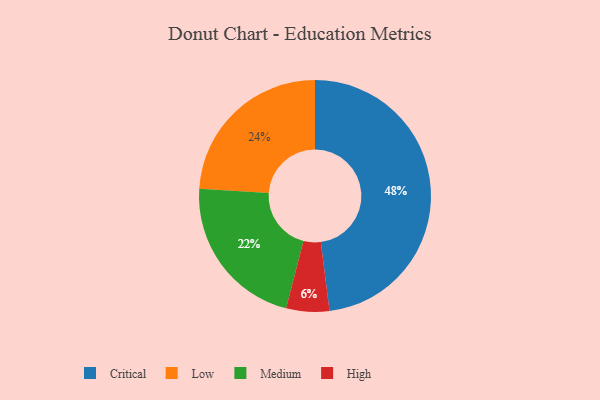
{"axis": {"x": "Category", "y": "Percentage"}, "legend": ["Critical", "High", "Low", "Medium"], "data": [{"x": "Critical", "y": 48, "type": "Critical"}, {"x": "Medium", "y": 22, "type": "Medium"}, {"x": "High", "y": 6, "type": "High"}, {"x": "Low", "y": 24, "type": "Low"}]}